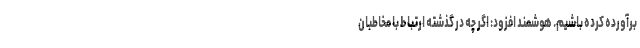
برآورده کرده باشیم. هوشمند افزود: اگر چه در گذشته ارتباط با مخاطبان